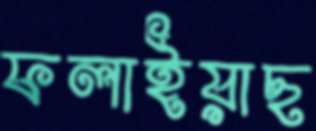
ফলাইয়াছ